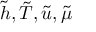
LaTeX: { \tilde { h } } , { \tilde { T } } , { \tilde { u } } , { \tilde { \mu } }